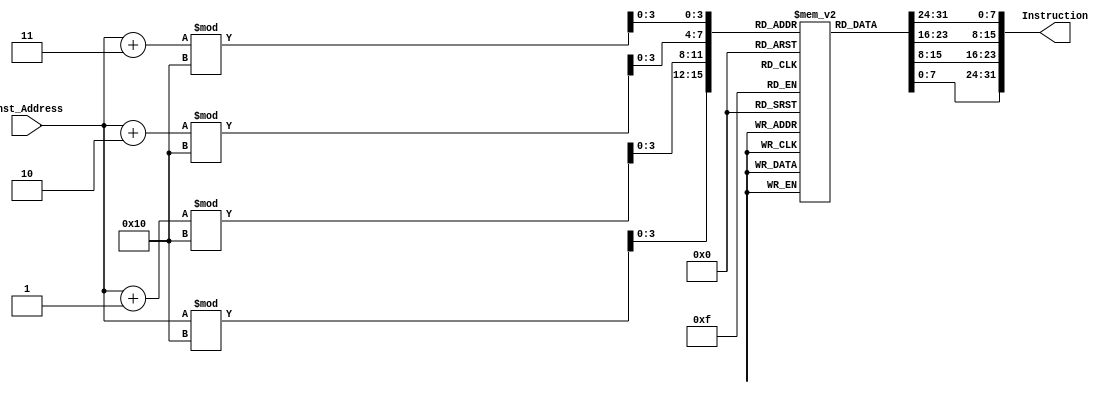
module Instruction_Memory
  (
  input [63:0] Inst_Address,
  output [31:0] Instruction
  );
  
  reg [7:0] Inst_Memory [15:0];
  initial
  begin
    Inst_Memory[3] = 8'b00000010;
    Inst_Memory[2] = 8'b10000101;
    Inst_Memory[1] = 8'b00110100;
    Inst_Memory[0] = 8'b10000011;
    Inst_Memory[7] = 8'b00000000;
    Inst_Memory[6] = 8'b10011010;
    Inst_Memory[5] = 8'b10000100;
    Inst_Memory[4] = 8'b10110011;
    Inst_Memory[11] = 8'b00000000;
    Inst_Memory[10] = 8'b00010100;
    Inst_Memory[9] = 8'b10000100;
    Inst_Memory[8] = 8'b10010011;
    Inst_Memory[15] = 8'b00000010;
    Inst_Memory[14] = 8'b10010101;
    Inst_Memory[13] = 8'b00110100;
    Inst_Memory[12] = 8'b00100011;
  
  end
    
  assign Instruction[7:0] = Inst_Memory[(Inst_Address % 16)];
  assign Instruction[15:8] = Inst_Memory[((Inst_Address + 1'b1) % 16)];
  assign Instruction[23:16] = Inst_Memory[((Inst_Address + 2'b10) % 16)];
  assign Instruction[31:24] = Inst_Memory[((Inst_Address + 3'b011) % 16)];
  /*
  always @ (Inst_Address)
    //Instruction = inst_memo[(Inst_Address + 3'b011):Inst_Address];
    begin
      Instruction[7:0] = Inst_Memory[Inst_Address];
      Instruction[15:8] = Inst_Memory[(Inst_Address + 1'b1)];
      Instruction[23:16] = Inst_Memory[(Inst_Address + 2'b10)];
      Instruction[31:24] = Inst_Memory[(Inst_Address + 3'b011)];
    end
   */
    
endmodule